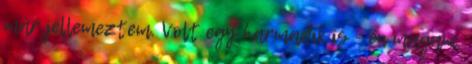
már jellemeztem. Volt egy harmadik is - én magam.